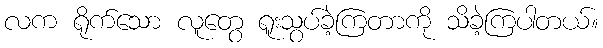
လက ရိုက်သော လူတွေ ရူးသွပ်ခဲ့ကြတာကို သိခဲ့ကြပါတယ်။